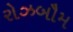
રોઝબૌમ